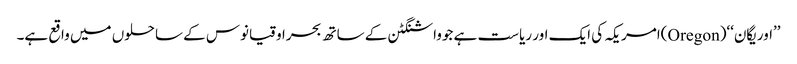
’’اوریگان‘‘(Oregon)امریکہ کی ایک اور ریاست ہے جوواشنگٹن کے ساتھ بحراوقیانوس کے ساحلوں میں واقع ہے۔